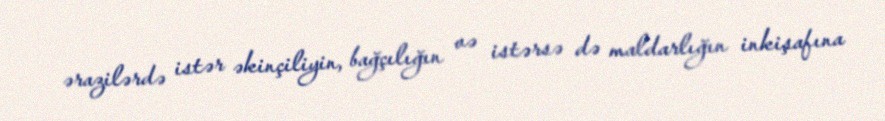
ərazilərdə istər əkinçiliyin, bağçılığın və istərsə də maldarlığın inkişafına